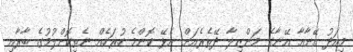
މިއަދު އޭނާއާ އޭނާގެ މަންޒިލާ ދޭތެރެއަށް އެޅޭ ކޮންމެ ހުރަހެއް ނެތިކޮށްލުމުގެ ބާރާއި